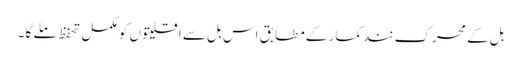
بل کے محرک نند کمار کے مطابق اس بل سے اقلیتوں کو مکمل تحفظ ملے گا ۔